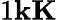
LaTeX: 1\le k\le K